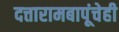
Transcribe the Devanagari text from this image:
दत्तारामबापूंचेही